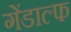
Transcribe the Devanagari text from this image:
गेंडाल्फ